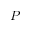
\boldsymbol { P }